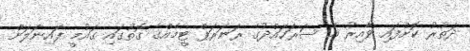
ދަތުރު ކޮށްފައި ވާއިރު އެ ސަރަހައްދުގެ ރަނަރަޕް ޓީމެއްގެ ގޮތުގައި ގައުމީ ފައިނަލަށް